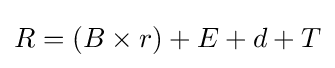
R=(B\times r)+E+d+T